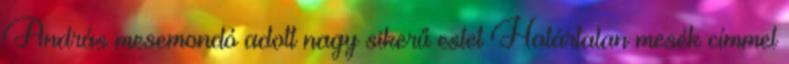
András mesemondó adott nagy sikerű estet Határtalan mesék címmel